Annual statistical returns and brief notes on vaccination in Bengal - 1887-1898
Year: 1887
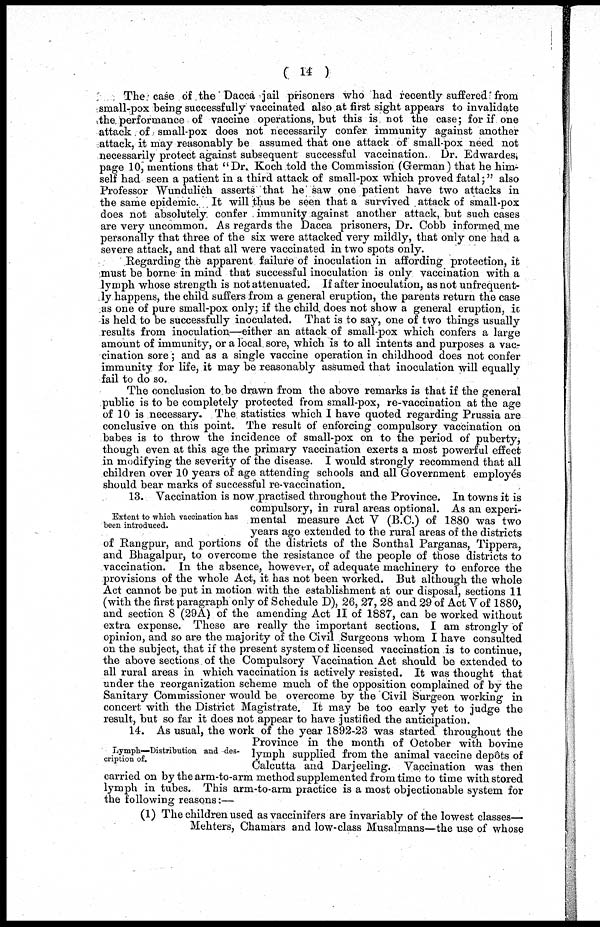
( 14 )
The case of the Dacca jail prisoners who had recently suffered from
small-pox being successfully vaccinated also at first sight appears to invalidate
the performance of vaccine operations, but this is not the case; for if one
attack of small-pox does not necessarily confer immunity against another
attack, it may reasonably be assumed that one attack of small-pox need not
necessarily protect against subsequent successful vaccination. Dr. Edwardes,
page 10, mentions that "Dr. Koch told the Commission (German) that he him-
self had seen a patient in a third attack of small-pox which proved fatal;" also
Professor Wundulich asserts that he saw one patient have two attacks in
the same epidemic. It will thus be seen that a survived attack of small-pox
does not absolutely confer immunity against another attack, but such cases
are very uncommon. As regards the Dacca prisoners, Dr. Cobb informed me
personally that three of the six were attacked very mildly, that only one had a
severe attack, and that all were vaccinated in two spots only.
Regarding the apparent failure of inoculation in affording protection, it
must be borne in mind that successful inoculation is only vaccination with a
lymph whose strength is not attenuated. If after inoculation, as not unfrequent¬
ly happens, the child suffers from a general eruption, the parents return the case
as one of pure small-pox only; if the child does not show a general eruption, it
is held to be successfully inoculated. That is to say, one of two things usually
results from inoculation—either an attack of small-pox which confers a large
amount of immunity, or a local sore, which is to all intents and purposes a vac-
cination sore; and as a single vaccine operation in childhood does not confer
immunity for life, it may be reasonably assumed that inoculation will equally
fail to do so.
The conclusion to be drawn from the above remarks is that if the general
public is to be completely protected from small-pox, re-vaccination at the age
of 10 is necessary. The statistics which I have quoted regarding Prussia are
conclusive on this point. The result of enforcing compulsory vaccination on
babes is to throw the incidence of small-pox on to the period of puberty,
though even at this age the primary vaccination exerts a most powerful effect
in modifying the severity of the disease. I would strongly recommend that all
children over 10 years of age attending schools and all Government employés
should bear marks of successful re-vaccination.
Extent to which vaccination has
been introduced.
13. Vaccination is now practised throughout the Province. In towns it is
compulsory, in rural areas optional. As an experi-
mental measure Act V (B.C.) of 1880 was two
years ago extended to the rural areas of the districts
of Rangpur, and portions of the districts of the Sonthal Parganas, Tippera,
and Bhagalpur, to overcome the resistance of the people of those districts to
vaccination. In the absence, however, of adequate machinery to enforce the
provisions of the whole Act, it has not been worked. But although the whole
Act cannot be put in motion with the establishment at our disposal, sections 11
(with the first paragraph only of Schedule D), 26, 27, 28 and 29 of Act V of 1880,
and section 8 (29A) of the amending Act II of 1887, can be worked without
extra expense. These are really the important sections. I am strongly of
opinion, and so are the majority of the Civil Surgeons whom I have consulted
on the subject, that if the present system of licensed vaccination is to continue,
the above sections of the Compulsory Vaccination Act should be extended to
all rural areas in which vaccination is actively resisted. It was thought that
under the reorganization scheme much of the opposition complained of by the
Sanitary Commissioner would be overcome by the Civil Surgeon working in
concert with the District Magistrate. It may be too early yet to judge the
result, but so far it does not appear to have justified the anticipation.
Lymph—Distribution and des-
cription of.
14. As usual, the work of the year 1892-23 was started throughout the
Province in the month of October with bovine
lymph supplied from the animal vaccine depôts of
Calcutta and Darjeeling. Vaccination was then
carried on by the arm-to-arm method supplemented from time to time with stored
lymph in tubes. This arm-to-arm practice is a most objectionable system for
the following reasons:—
(1) The children used as vaccinifers are invariably of the lowest classes—
Mehters, Chamars and low-class Musalmans—the use of whose